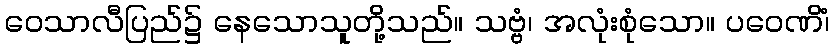
ဝေသာလီပြည်၌ နေသောသူတို့သည်။ သဗ္ဗံ၊ အလုံးစုံသော။ ပဝေဏိံ၊